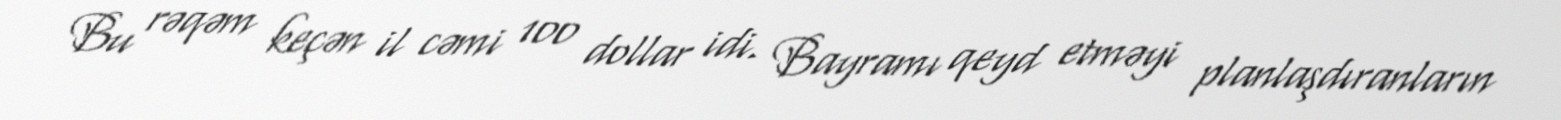
Bu rəqəm keçən il cəmi 100 dollar idi. Bayramı qeyd etməyi planlaşdıranların